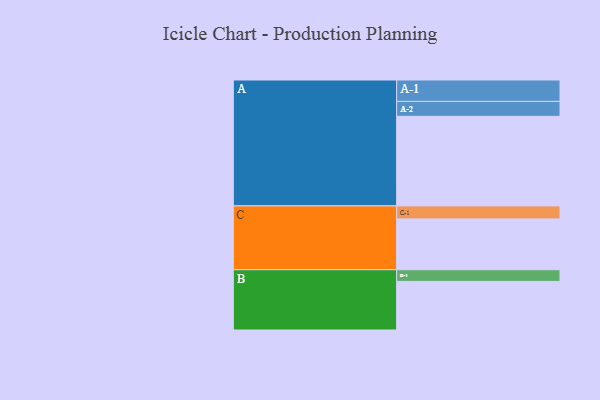
{"axis": {"x": "Segment", "y": "Value"}, "legend": ["", "A", "B", "C"], "data": [{"x": "A", "y": 599, "type": ""}, {"x": "B", "y": 325, "type": ""}, {"x": "C", "y": 340, "type": ""}, {"x": "A-1", "y": 143, "type": "A"}, {"x": "A-2", "y": 100, "type": "A"}, {"x": "B-1", "y": 78, "type": "B"}, {"x": "C-1", "y": 87, "type": "C"}]}